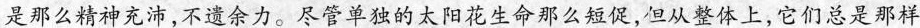
是那么精神充沛，不遗余力。尽管单独的太阳花生命那么短促，但从整体上，它们总是那样